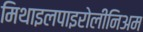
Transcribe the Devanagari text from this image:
मिथाइलपाइरोलीनिअम